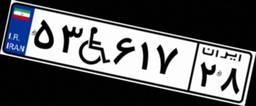
۹۸W۵۲۶۰۷